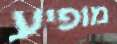
מופיע